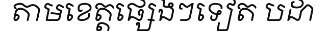
តាមខេត្តផ្សេងៗទៀត បដា